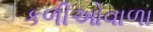
કળીઓવાળા